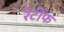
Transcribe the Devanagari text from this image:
रेटीफ